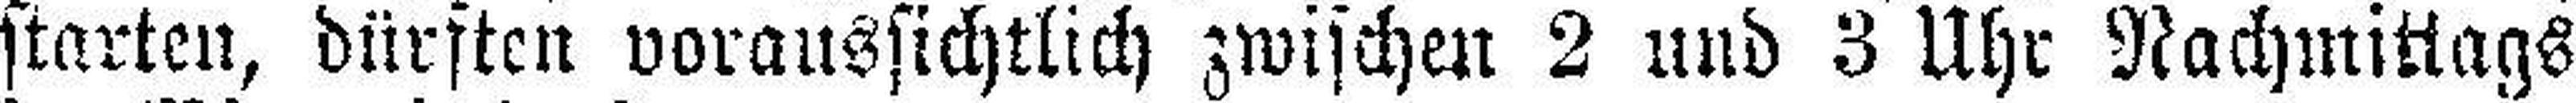
starten, dürften voraussichtlich zwischen 2 und 3 Uhr Nachmittags